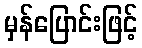
မှန်ပြောင်းဖြင့်